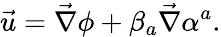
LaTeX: \vec{u}=\vec{\nabla}\phi+\beta_{a}\vec{\nabla}\alpha^{a}.